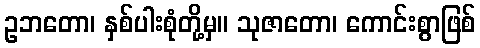
ဥဘတော၊ နှစ်ပါးစုံတို့မှ။ သုဇာတော၊ ကောင်းစွာဖြစ်